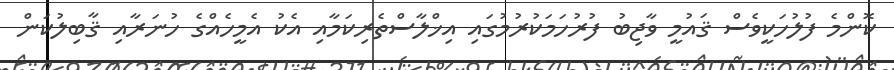
ކޮންމެ ފުލުހަކީވެސް ޤައުމީ ވާޖިބު ފުރުހަމަކުރުމުގައި އިޚްލާސްތެރިކަމާއި އެކު އެމީހެއްގެ ހުނަރާއި ޤާބިލުކަން